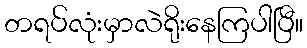
တရပ်လုံးမှာလဲရိုးနေကြပါပြီ။